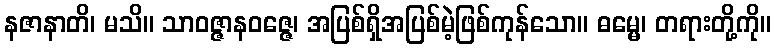
နဇာနာတိ၊ မသိ။ သာဝဇ္ဇာနဝဇ္ဇေ၊ အပြစ်ရှိအပြစ်မဲ့ဖြစ်ကုန်သော။ ဓမ္မေ၊ တရားတို့ကို။